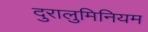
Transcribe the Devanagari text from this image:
दुरालुमिनियम